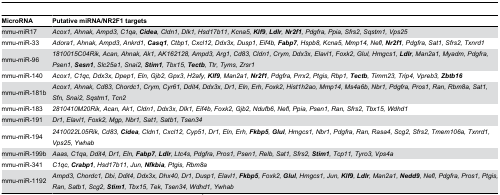
<table><thead><tr><td><b>MicroRNA</b></td><td><b>Putative miRNA/NR2F1 targets</b></td></tr></thead><tbody><tr><td>mmu-miR17</td><td><i>Acox1, Ahnak, Ampd3, C1qa, <b>Cidea</b>, Cldn1, Dlk1, Hsd17b11, Kcna5, <b>Klf9</b>, <b>Ldlr</b>, <b>Nr2f1</b>, Pdgfra, Ppia, Sfrs2, Sqstm1, Vps25</i></td></tr><tr><td>mmu-miR-33</td><td><i>Adora1, Ahnak, Ampd3, Ankrd1, <b>Casq1</b>, Ctbp1, Cxcl12, Ddx3x, Dusp1, Eif4b, <b>Fabp7</b>, Hspb8, Kcna5, Mmp14, Nefl, <b>Nr2f1</b>, Pdgfra, Sat1, Sfrs2, Txnrd1</i></td></tr><tr><td>mmu-miR-96</td><td><i>1810015C04Rik, Acan, Ahnak, Ak1, AK162128, Ampd3, Arg1, Cd83, Cldn1, Crym, Ddx3x, Elavl1, Foxk2, Glul, Hmgcs1, <b>Ldlr</b>, Man2a1, Myadm, Pdgfra, Psen1, <b>Sesn1</b>, Slc25a1, Snai2, <b>Stim1</b>, Tbx15, <b>Tectb</b>, Ttr, Tyms, Zrsr1</i></td></tr><tr><td>mmu-miR-140</td><td><i>Acox1, C1qc, Ddx3x, Dpep1, Eln, Gjb2, Gpx3, H2afy, <b>Klf9</b>, Man2a1, <b>Nr2f1</b>, Pdgfra, Prrx2, Ptgis, Rbp1, <b>Tectb</b>, Timm23, Trip4, Vpreb3, <b>Zbtb16</b></i></td></tr><tr><td>mmu-miR-181b</td><td><i>Acox1, Ahnak, Cd83, Chordc1, Crym, Cyr61, Ddit4, Ddx3x, Dr1, Eln, Erh, Foxk2, Hist1h2ao, Mmp14, Ms4a6b, Nbr1, Pdgfra, Pros1, Ran, Rbm8a, Sat1, Sfn, Snai2, Sqstm1, Tcn2</i></td></tr><tr><td>mmu-miR-183</td><td><i>2810410M20Rik, Acan, Ak1, Cldn1, Ddx3x, Dlk1, Eif4b, Foxk2, Gjb2, Ndufb6, Nefl, Ppia, Psen1, Ran, Sfrs2, Tbx15, Wdhd1</i></td></tr><tr><td>mmu-miR-191</td><td><i>Dr1, Elavl1, Foxk2, Mgp, Nbr1, Sat1, Satb1, Tsen34</i></td></tr><tr><td>mmu-miR-194</td><td><i>2410022L05Rik, Cd83, <b>Cidea</b>, Cldn1, Cxcl12, Cyp51, Dr1, Eln, Erh, <b>Fkbp5</b>, <b>Glul</b>, Hmgcs1, Nbr1, Pdgfra, Ran, Rasa4, Scg2, Sfrs2, Tmem106a, Txnrd1, Vps25, Ywhab</i></td></tr><tr><td>mmu-miR-199b</td><td><i>Aaas, C1qa, Ddit4, Dr1, Eln, <b>Fabp7</b>, <b>Ldlr</b>, Ltc4s, Pdgfra, Pros1, Psen1, Relb, Sat1, Sfrs2, <b>Stim1</b>, Tcp11, Tyro3, Vps4a</i></td></tr><tr><td>mmu-miR-341</td><td><i>C1qc, <b>Crabp1</b>, Hsd17b11, Jun, <b>Nfkbia</b>, Ptgis, Rbm8a</i></td></tr><tr><td>mmu-miR-1192</td><td><i>Ampd3, Chordc1, Dbi, Ddit4, Ddx3x, Dhx40, Dr1, Dusp1, Elavl1, <b>Fkbp5</b>, Foxk2, <b>Glul</b>, Hmgcs1, Jun, <b>Klf9</b>, <b>Ldlr</b>, Man2a1, <b>Nedd9</b>, Nefl, Pdgfra, Pros1, Ptgis, Ran, Satb1, Scg2, <b>Stim1</b>, Tbx15, Tek, Tsen34, Wdhd1, Ywhab</i></td></tr></tbody></table>